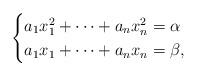
LaTeX: \begin{align*} \begin{cases} a_1x_1^2+\cdots+a_nx_n^2=\alpha\\ a_1x_1+\cdots+a_nx_n=\beta, \end{cases} \end{align*}